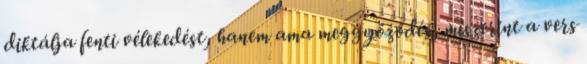
diktálja fenti vélekedést, hanem ama meggyőződés, miszerint a vers